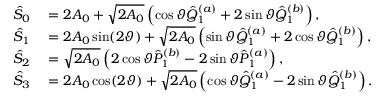
\begin{array} { r l } { \hat { \cal S } _ { 0 } } & { { } = 2 A _ { 0 } + \sqrt { 2 A _ { 0 } } \left( \cos \vartheta \hat { Q } _ { 1 } ^ { ( a ) } + 2 \sin \vartheta \hat { Q } _ { 1 } ^ { ( b ) } \right) , } \\ { \hat { \cal S } _ { 1 } } & { { } = 2 A _ { 0 } \sin ( 2 \vartheta ) + \sqrt { 2 A _ { 0 } } \left( \sin \vartheta \hat { Q } _ { 1 } ^ { ( a ) } + 2 \cos \vartheta \hat { Q } _ { 1 } ^ { ( b ) } \right) , } \\ { \hat { \cal S } _ { 2 } } & { { } = \sqrt { 2 A _ { 0 } } \left( 2 \cos \vartheta \hat { P } _ { 1 } ^ { ( b ) } - 2 \sin \vartheta \hat { P } _ { 1 } ^ { ( a ) } \right) , } \\ { \hat { \cal S } _ { 3 } } & { { } = 2 A _ { 0 } \cos ( 2 \vartheta ) + \sqrt { 2 A _ { 0 } } \left( \cos \vartheta \hat { Q } _ { 1 } ^ { ( a ) } - 2 \sin \vartheta \hat { Q } _ { 1 } ^ { ( b ) } \right) . } \end{array}